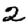
Digit: 2